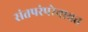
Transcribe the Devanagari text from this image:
संतपरंपरेबाबत